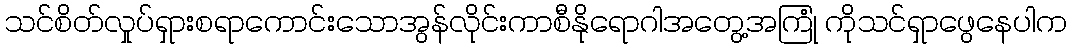
သင်စိတ်လှုပ်ရှားစရာကောင်းသောအွန်လိုင်းကာစီနိုရောဂါအတွေ့အကြုံ ကိုသင်ရှာဖွေနေပါက